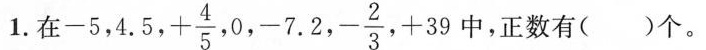
1.在-5 ,4.5,+\frac{4}{5},0,-7.2,- \frac{2}{3},+39中，正数有( )个。